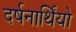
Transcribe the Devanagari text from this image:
दर्षनार्थिंयो